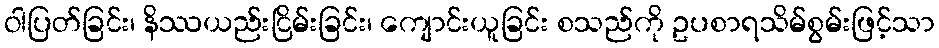
ဝါပြတ်ခြင်း၊ နိဿယည်းငြိမ်းခြင်း၊ ကျောင်းယူခြင်း စသည်ကို ဥပစာရသိမ်စွမ်းဖြင့်သာ